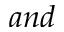
a n d